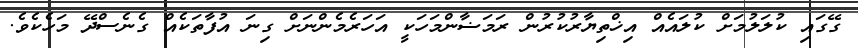
ގޭގައި ކުލަލުމަށް ކުލައެއް އިޚްތިޔާރުކުރުން ރަމަޟާންމަހަކީ އަހަރެމެންނަށް ގިނަ އުފާތަކެއް ގެނެސްދޭ މަހެކެވެ.